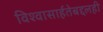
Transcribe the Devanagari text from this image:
विश्‍वासार्हतेबद्दलही